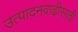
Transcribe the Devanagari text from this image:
उत्पादनवाढीसाठी